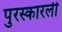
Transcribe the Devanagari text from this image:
पुरस्कारली